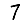
Digit: 7